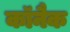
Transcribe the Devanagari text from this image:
कॉनैक